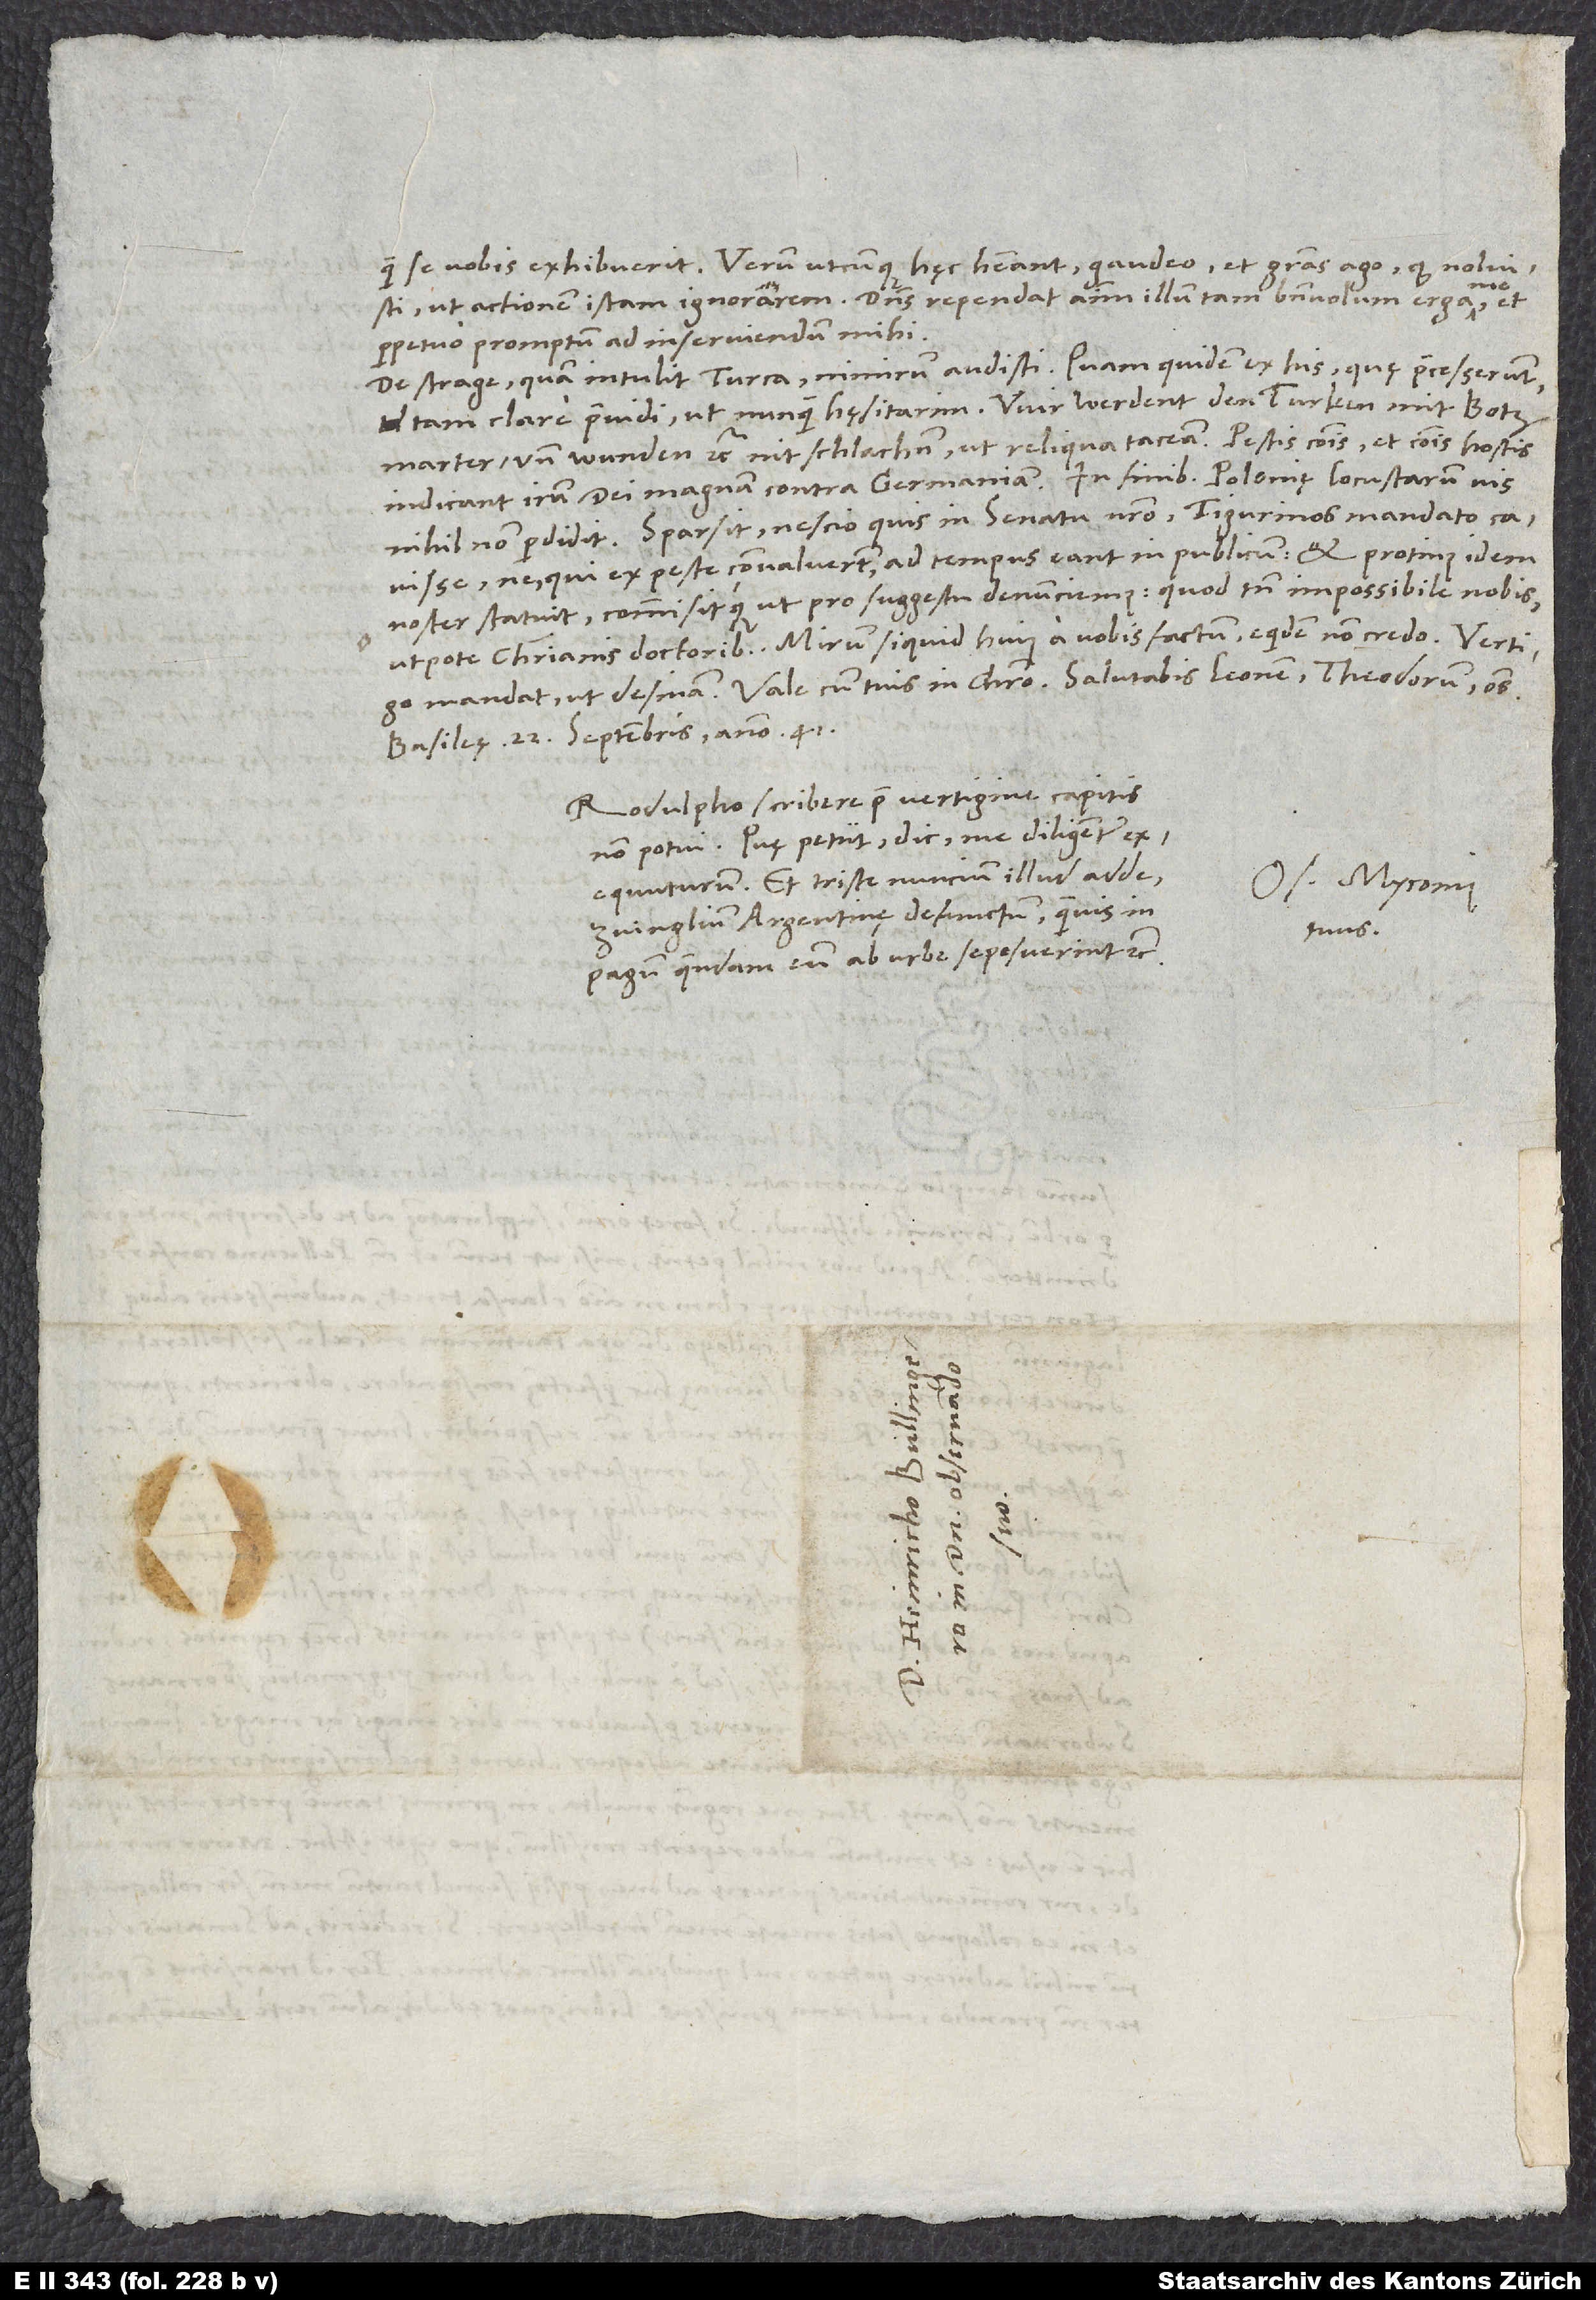
quam se nobis exhibuerit. Verum utcunque hęc habeant, gaudeo et gratias ago, quod noluisti,
ut actionem istam ignorarem. Dominus rependat animum illum tam benevolum erga me et
perpetuo promptum ad inserviendum mihi.
De strage, quam intulit Turca, nimirum audisti. Quam quidem ex his, quae praecesserunt,
tam clare praevidi, ut nunquam hęsitarim. Wir werdent den Turken mit „botz
marter und wunden“ etc. nit schlachen, ut reliqua taceam. Pestis communis et communis hostis
indicant iram dei magnam contra Germaniam. In finibus Polonię locustarum vis
ne, qui ex peste convaluerunt, ad tempus eant in publicum, et protinus idem
noster statuit commisitque, ut pro suggestu denunciemus, quod tamen impossibile nobis
utpote christianis doctoribus. Mirum, siquid huius a vobis factum; equidem non credo.
mandat, ut desinam. Vale cum tuis in Christo. Salutabis Leonem, Theodorum, omnes.
Basileę, 22. septembris anno 41.
Rodulpho scribere prae vertigine capitis
non potui. Quę petiit, dic me diligenter
exequuturum. Et triste nuncium illud adde
Os. Myconius
Zvinglium Argentinę defunctum, quamvis in
tuus.
pagum quendam eum ab urbe seposuerint etc.
S.